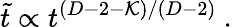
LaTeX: \tilde{t}\propto t^{(D-2-{\cal K})/(D-2)}\ .